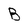
Character: B